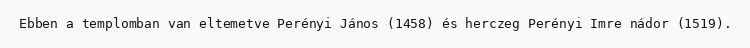
Ebben a templomban van eltemetve Perényi János (1458) és herczeg Perényi Imre nádor (1519).